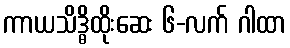
ကာယသိဒ္ဓိထိုးဆေး ၆-လက် ဂါထာ